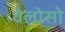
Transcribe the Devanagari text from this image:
वेलोसो